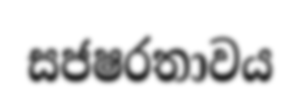
සජෂරතාවය